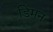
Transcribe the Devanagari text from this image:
डिमन